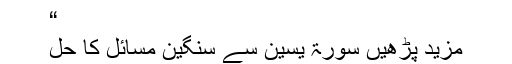
“
مزید پڑھیں سورۃ یسین سے سنگین مسائل کا حل